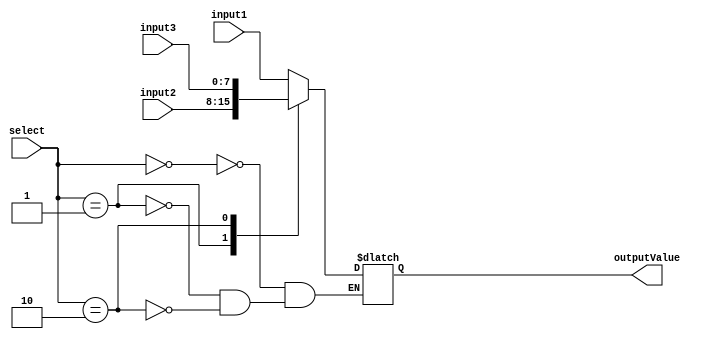
`timescale 1ns / 1ps
//////////////////////////////////////////////////////////////////////////////////
// Company: 
// Engineer: 
// 
// Design Name: 
// Module Name:    MUX_3x1 
// Project Name: 
// Target Devices: 
// Tool versions: 
// Description: 
//
// Dependencies: 
//
// Revision: 
// Revision 0.01 - File Created
// Additional Comments: 
//
//////////////////////////////////////////////////////////////////////////////////
module MUX_3x1(
    input [7:0] input1,
    input [7:0] input2,
    input [7:0] input3,
    input [1:0] select,
    output reg [7:0] outputValue
    );
   
	always @(select, input1, input2, input3)
      case (select)
         2'b00: outputValue = input1;
         2'b01: outputValue = input2;
         2'b10: outputValue = input3;
      endcase
		
endmodule